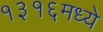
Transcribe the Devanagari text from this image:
१३१६मध्ये